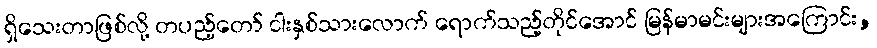
ရှိသေးတာဖြစ်လို့ တပည့်တော် ငါးနှစ်သားလောက် ရောက်သည့်တိုင်အောင် မြန်မာမင်းများအကြောင်း,